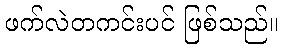
ဖက်လဲတကင်းပင် ဖြစ်သည်။